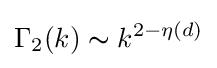
\Gamma _{2}(k)\thicksim k^{2-\eta (d)}